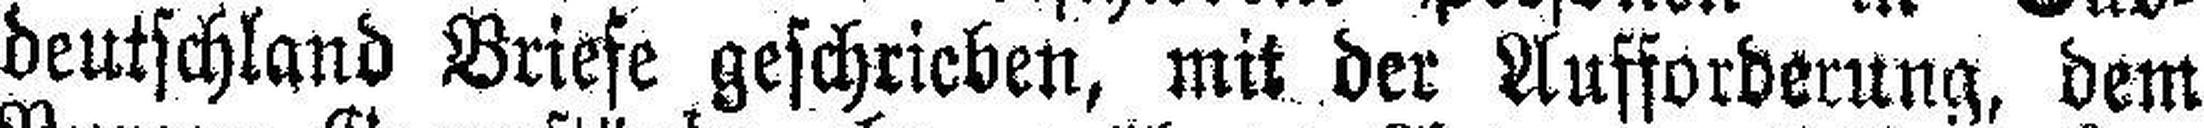
deutschland Briefe geschrieben, mit der Aufforderung, dem